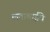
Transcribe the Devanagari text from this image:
लताबाईंचे